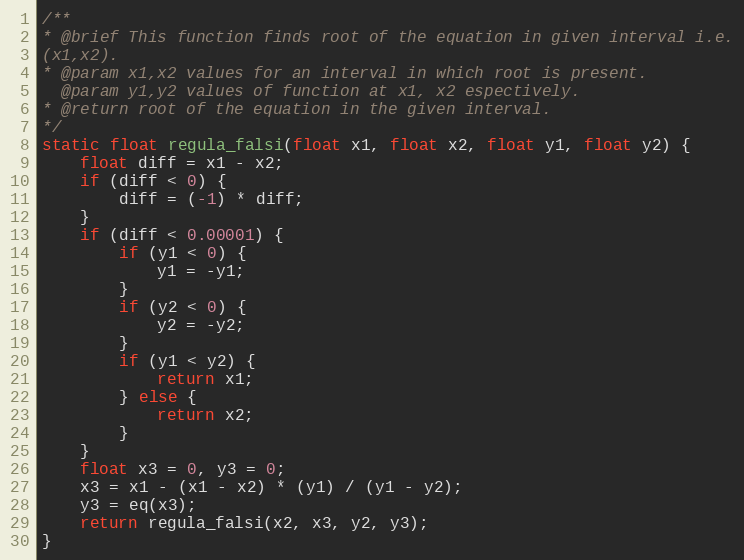
Language: C++
/**
* @brief This function finds root of the equation in given interval i.e.
(x1,x2).
* @param x1,x2 values for an interval in which root is present.
  @param y1,y2 values of function at x1, x2 espectively.
* @return root of the equation in the given interval.
*/
static float regula_falsi(float x1, float x2, float y1, float y2) {
    float diff = x1 - x2;
    if (diff < 0) {
        diff = (-1) * diff;
    }
    if (diff < 0.00001) {
        if (y1 < 0) {
            y1 = -y1;
        }
        if (y2 < 0) {
            y2 = -y2;
        }
        if (y1 < y2) {
            return x1;
        } else {
            return x2;
        }
    }
    float x3 = 0, y3 = 0;
    x3 = x1 - (x1 - x2) * (y1) / (y1 - y2);
    y3 = eq(x3);
    return regula_falsi(x2, x3, y2, y3);
}